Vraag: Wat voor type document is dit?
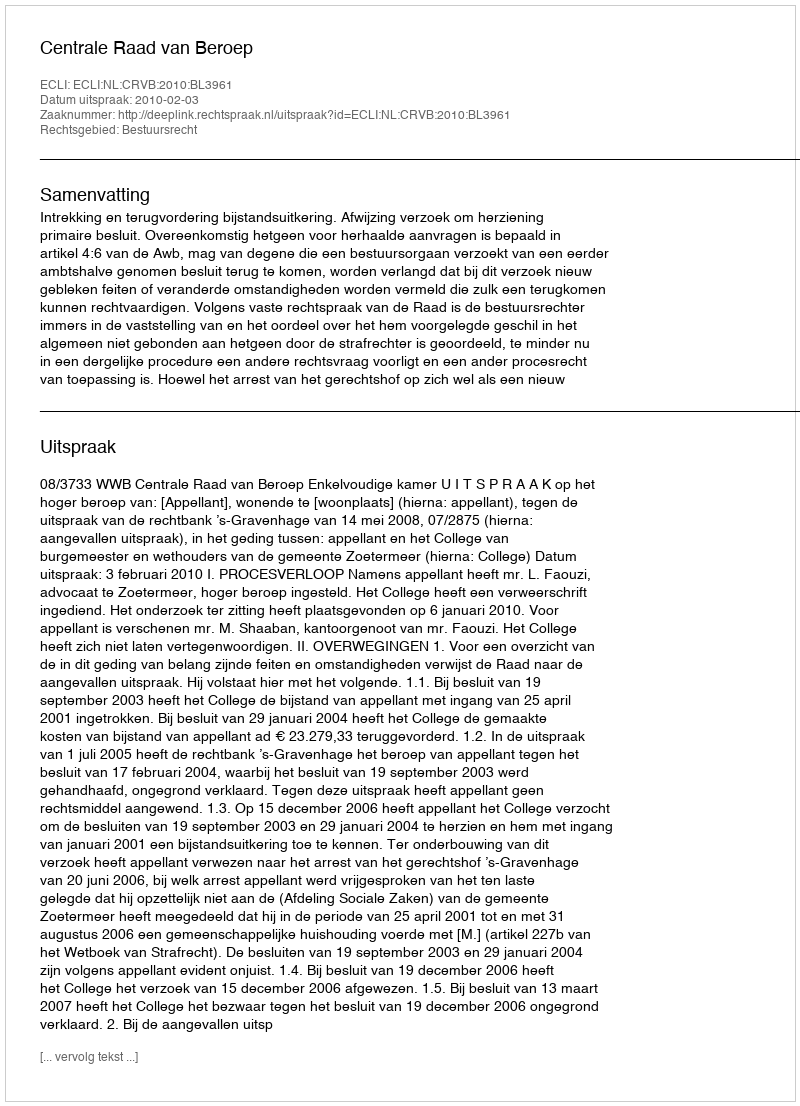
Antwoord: Uitspraak